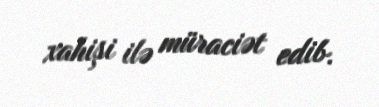
xahişi ilə müraciət edib.